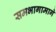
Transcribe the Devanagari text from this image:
समभागामागे